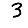
Digit: 3